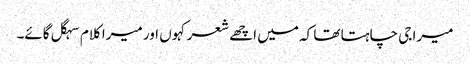
میرا جی چاہتا تھا کہ میں اچھے شعر کہوں اور میرا کلام سہگل گائے۔